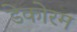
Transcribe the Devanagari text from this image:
डेकोरम